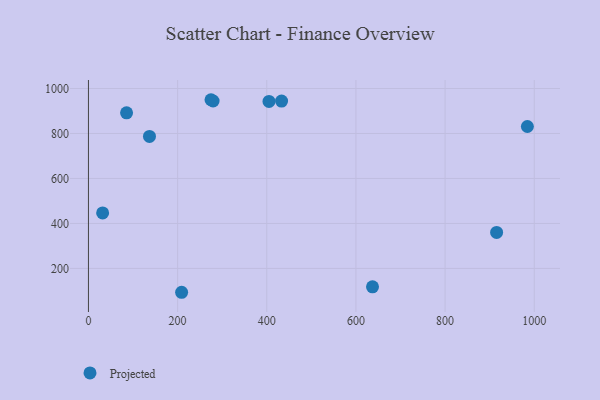
{"axis": {"x": "Ad Spend", "y": "Sales"}, "legend": ["Projected"], "data": [{"x": "136.9", "y": 786.9, "type": "Projected"}, {"x": "31.8", "y": 446.9, "type": "Projected"}, {"x": "637.2", "y": 118.3, "type": "Projected"}, {"x": "433.2", "y": 944.0, "type": "Projected"}, {"x": "915.6", "y": 360.2, "type": "Projected"}, {"x": "984.6", "y": 831.1, "type": "Projected"}, {"x": "274.9", "y": 950.1, "type": "Projected"}, {"x": "209.0", "y": 93.9, "type": "Projected"}, {"x": "405.0", "y": 942.7, "type": "Projected"}, {"x": "85.5", "y": 891.9, "type": "Projected"}, {"x": "279.6", "y": 944.5, "type": "Projected"}]}